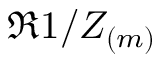
\Re { 1 / Z _ { ( m ) } }